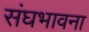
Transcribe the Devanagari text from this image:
संघभावना